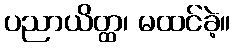
ပညာယိတ္ထ၊ မထင်ခဲ့။